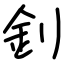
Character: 釗